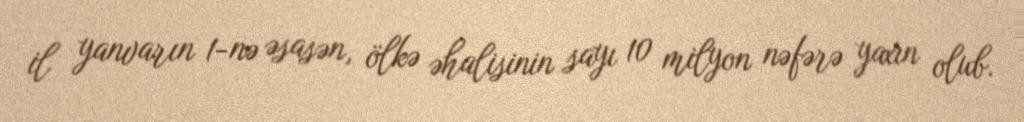
il yanvarın 1-nə əsasən, ölkə əhalisinin sayı 10 milyon nəfərə yaxın olub.